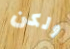
ولكن